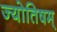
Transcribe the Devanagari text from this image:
ज्योतिषम्